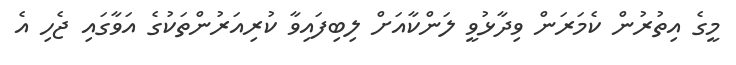
މީގެ އިތުރުން ކެމަރަން ވިދާޅުވީ ލަންކާއަށް ލިބިފައިވާ ކުރިއަރުންތަކުގެ އަވާގައި ޖެހި އެ